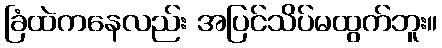
ခြံထဲကနေလည်း အပြင်သိပ်မထွက်ဘူး။